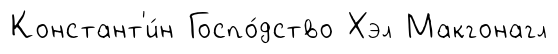
Констант'и́н Госпо́дство Хэл Макгонагл